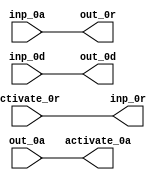
module BrzFetch_8_s5_false (
  activate_0r, activate_0a,
  inp_0r, inp_0a, inp_0d,
  out_0r, out_0a, out_0d
);
  input activate_0r;
  output activate_0a;
  output inp_0r;
  input inp_0a;
  input [7:0] inp_0d;
  output out_0r;
  input out_0a;
  output [7:0] out_0d;
  assign activate_0a = out_0a;
  assign out_0r = inp_0a;
  assign inp_0r = activate_0r;
  assign out_0d[0] = inp_0d[0];
  assign out_0d[1] = inp_0d[1];
  assign out_0d[2] = inp_0d[2];
  assign out_0d[3] = inp_0d[3];
  assign out_0d[4] = inp_0d[4];
  assign out_0d[5] = inp_0d[5];
  assign out_0d[6] = inp_0d[6];
  assign out_0d[7] = inp_0d[7];
endmodule